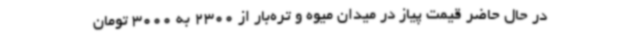
در حال حاضر قیمت پیاز در میدان میوه و تره‌بار از 2300 به 3000 تومان